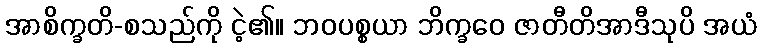
အာစိက္ခတိ-စသည်ကို ငဲ့၏။ ဘဝပစ္စယာ ဘိက္ခဝေ ဇာတီတိအာဒီသုပိ အယံ